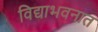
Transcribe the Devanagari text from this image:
विद्याभवनात